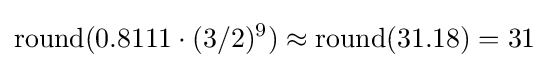
\operatorname {round} (0.8111\cdot (3/2)^{9})\approx \operatorname {round} (31.18)=31